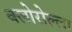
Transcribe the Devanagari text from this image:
क्लोरोल्ला